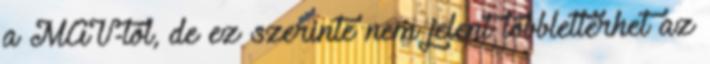
a MÁV-tól, de ez szerinte nem jelent többletterhet az